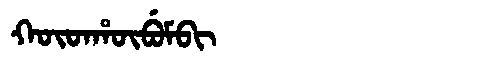
Manchu: ᡴᡡᡨᡥᡡᠪᡠᠮᠪᡳ
Romanization: KŪTHŪBUMBI